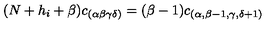
( N + h _ { i } + \beta ) c _ { ( \alpha \beta \gamma \delta ) } = ( \beta - 1 ) c _ { ( \alpha , \beta - 1 , \gamma , \delta + 1 ) }